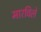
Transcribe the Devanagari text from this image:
मारविले